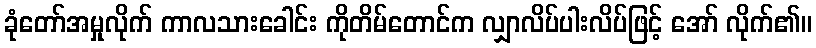
ခုံတော်အမှုလိုက် ကာလသားခေါင်း ကိုတိမ်တောင်က လျှာလိပ်ပါးလိပ်ဖြင့် အော် လိုက်၏။